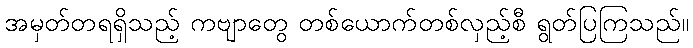
အမှတ်တရရှိသည့် ကဗျာတွေ တစ်ယောက်တစ်လှည့်စီ ရွတ်ပြကြသည်။